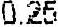
0.25